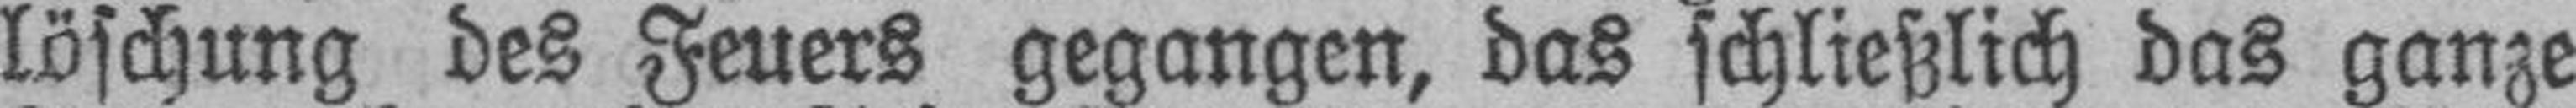
löschung des Feuers gegangen, das schließlich das ganze